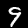
Label: 9